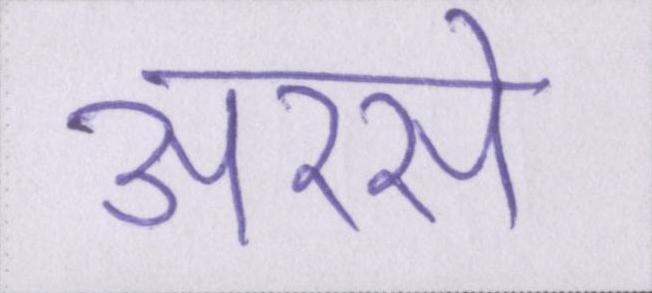
अरसे